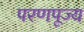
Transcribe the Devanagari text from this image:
परणपूज्य